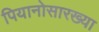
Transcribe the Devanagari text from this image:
पियानोसारख्या